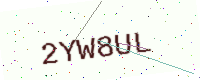
Text: 2YW8UL